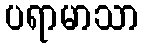
ပရာမာသာ